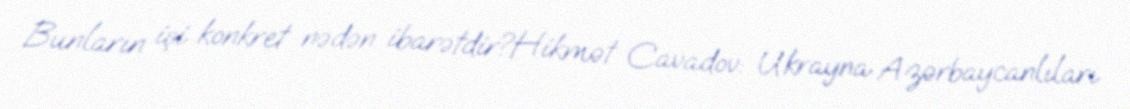
Bunların işi konkret nədən ibarətdir?Hikmət Cavadov: Ukrayna Azərbaycanlıları